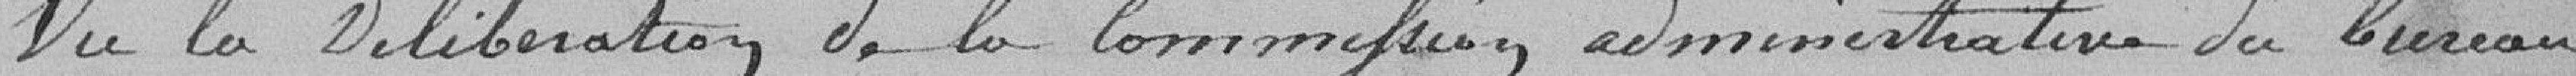
Vu la délibération de la Commission administrative du bureau